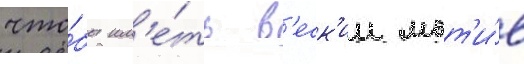
что́бы им'е́ть в'еск'ии мот'и́в